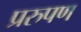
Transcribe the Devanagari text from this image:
प्ररुपण